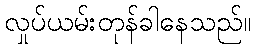
လှုပ်ယမ်းတုန်ခါနေသည်။